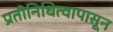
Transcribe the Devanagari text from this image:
प्रतीनिधित्वापासून